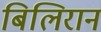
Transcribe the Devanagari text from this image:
बिलिरान